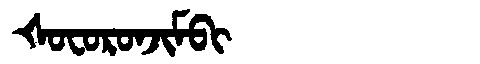
Manchu: ᡧᠣᠸᠣᡵᠣᠨᠵᡳᠮᠪᡳ
Romanization: ŠOFORONJIMBI